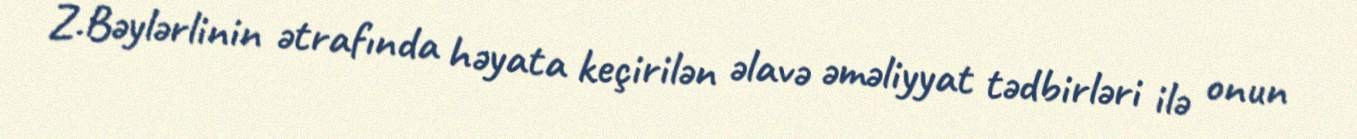
Z.Bəylərlinin ətrafında həyata keçirilən əlavə əməliyyat tədbirləri ilə onun